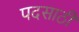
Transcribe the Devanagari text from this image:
पदसाठी